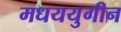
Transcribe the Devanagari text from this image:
मधययुगीन